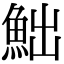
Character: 𩶌